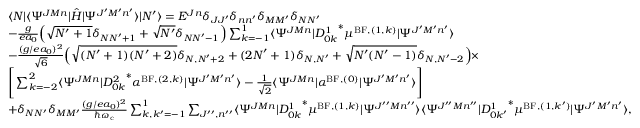
\begin{array} { r l r } & { \langle N \vert \langle \Psi ^ { J M n } \vert \hat { H } \vert \Psi ^ { J ^ { \prime } M ^ { \prime } n ^ { \prime } } \rangle \vert N ^ { \prime } \rangle = E ^ { J n } \delta _ { J J ^ { \prime } } \delta _ { n n ^ { \prime } } \delta _ { M M ^ { \prime } } \delta _ { N N ^ { \prime } } } & \\ & { - \frac { g } { e a _ { 0 } } \Big ( \sqrt { N ^ { \prime } + 1 } \delta _ { N N ^ { \prime } + 1 } + \sqrt { N ^ { \prime } } \delta _ { N N ^ { \prime } - 1 } \Big ) \sum _ { k = - 1 } ^ { 1 } \langle \Psi ^ { J M n } \vert { D _ { 0 k } ^ { 1 } } ^ { * } \mu ^ { \mathrm { B F } , ( 1 , k ) } \vert \Psi ^ { J ^ { \prime } M ^ { \prime } n ^ { \prime } } \rangle } \\ & { - \frac { ( g / e a _ { 0 } ) ^ { 2 } } { \sqrt { 6 } } \Big ( \sqrt { ( N ^ { \prime } + 1 ) ( N ^ { \prime } + 2 ) } \delta _ { N , N ^ { \prime } + 2 } + ( 2 N ^ { \prime } + 1 ) \delta _ { N , N ^ { \prime } } + \sqrt { N ^ { \prime } ( N ^ { \prime } - 1 ) } \delta _ { N , N ^ { \prime } - 2 } \Big ) \times } \\ & { \Bigg [ \sum _ { k = - 2 } ^ { 2 } \langle \Psi ^ { J M n } \vert { D _ { 0 k } ^ { 2 } } ^ { * } \alpha ^ { \mathrm { B F } , ( 2 , k ) } \vert \Psi ^ { J ^ { \prime } M ^ { \prime } n ^ { \prime } } \rangle - \frac { 1 } { \sqrt { 2 } } \langle \Psi ^ { J M n } \vert \alpha ^ { \mathrm { B F } , ( 0 ) } \vert \Psi ^ { J ^ { \prime } M ^ { \prime } n ^ { \prime } } \rangle \Bigg ] } \\ & { + \delta _ { N N ^ { \prime } } \delta _ { M M ^ { \prime } } \frac { ( g / e a _ { 0 } ) ^ { 2 } } { \hbar \omega _ { \mathrm { c } } } \sum _ { k , k ^ { \prime } = - 1 } ^ { 1 } \sum _ { J ^ { \prime \prime } , n ^ { \prime \prime } } \langle \Psi ^ { J M n } \vert { D _ { 0 k } ^ { 1 } } ^ { * } \mu ^ { \mathrm { B F } , ( 1 , k ) } \vert \Psi ^ { J ^ { \prime \prime } M n ^ { \prime \prime } } \rangle \langle \Psi ^ { J ^ { \prime \prime } M n ^ { \prime \prime } } \vert { D _ { 0 k ^ { \prime } } ^ { 1 } } ^ { * } \mu ^ { \mathrm { B F } , ( 1 , k ^ { \prime } ) } \vert \Psi ^ { J ^ { \prime } M ^ { \prime } n ^ { \prime } } \rangle , } \end{array}